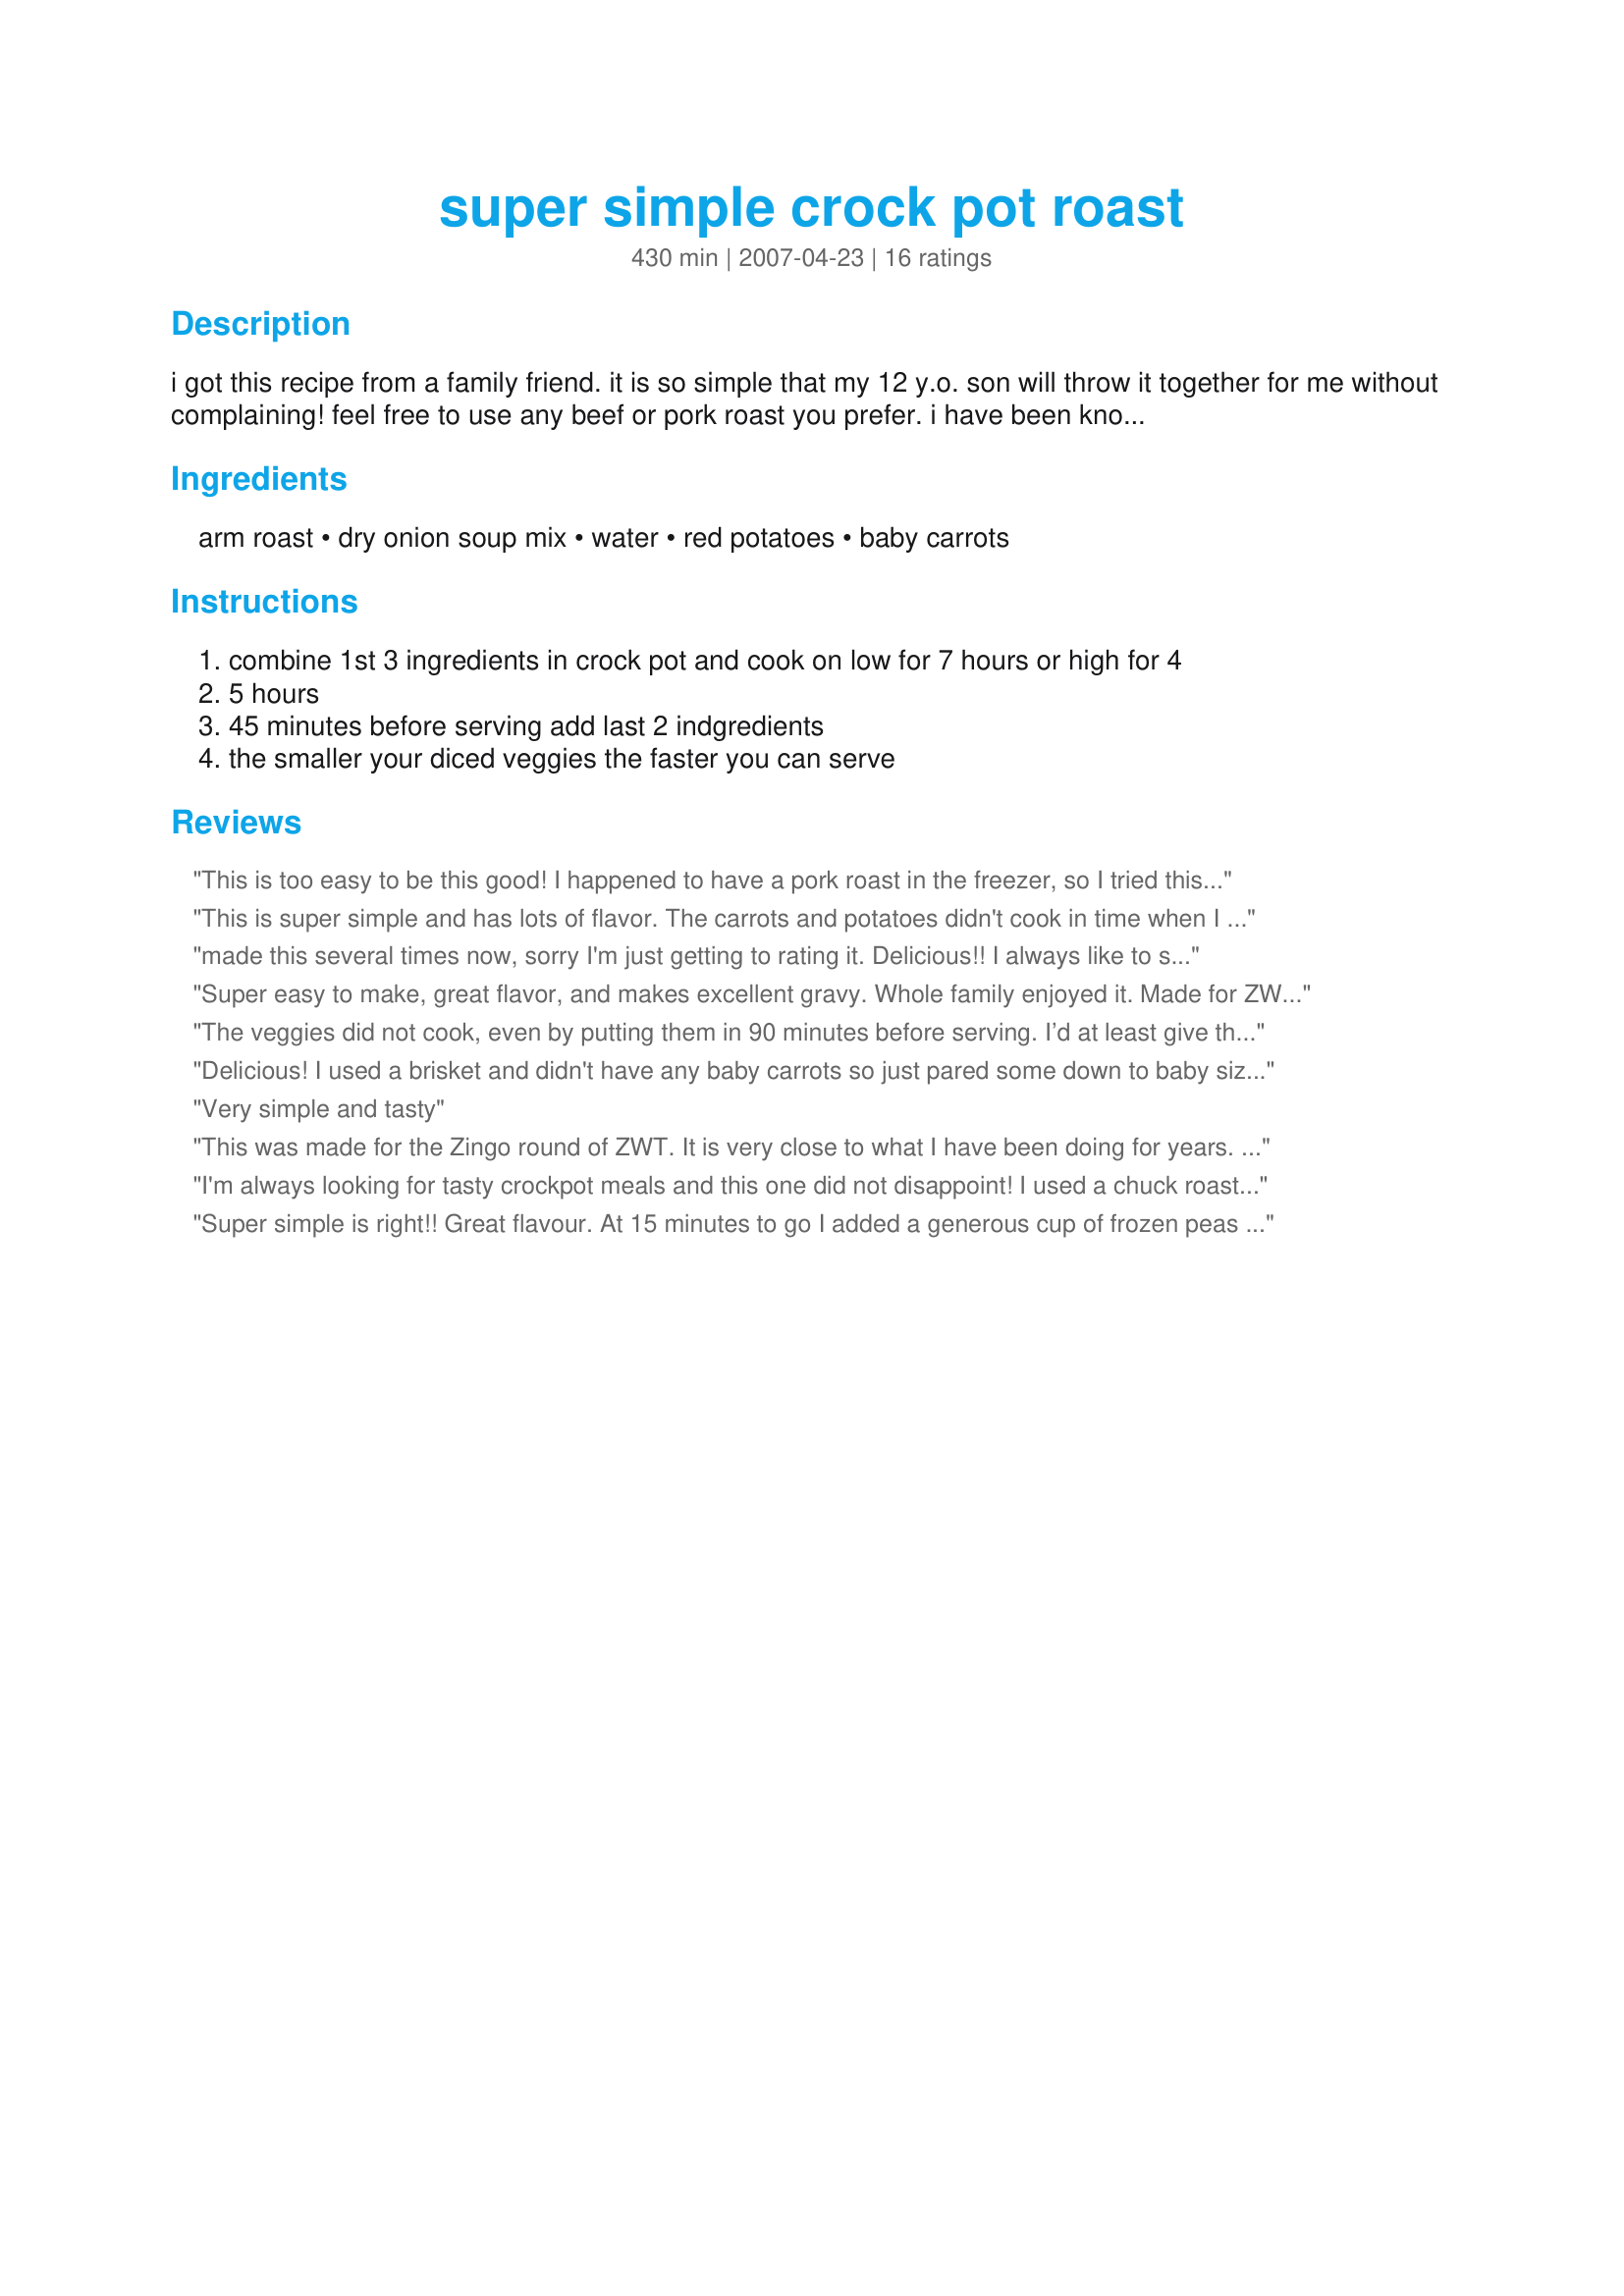
super simple crock pot roast
Preparation time: 430 minutes

i got this recipe from a family friend. it is so simple that my 12 y.o. son will throw it together for me without complaining! feel free to use any beef or pork roast you prefer. i have been known to use a chuck roast and a pork roast at the same time.

Ingredients:
arm roast, dry onion soup mix, water, red potatoes, baby carrots

Steps:
combine 1st 3 ingredients in crock pot and cook on low for 7 hours or high for 4, 5 hours, 45 minutes before serving add last 2 indgredients, the smaller your diced veggies the faster you can serve

Reviews:
This is too easy to be this good! I happened to have a pork roast in the freezer, so I tried this recipe on that, and I have to say, that was the tastiest pork roast I think I have ever made. I'll be using this recipe again.
This is super simple and has lots of flavor. The carrots and potatoes didn't cook in time when I put them in 45 mins before the end so I would add them a couple hours earlier.
made this several times now, sorry I'm just getting to rating it. Delicious!! I always like to sear the meat before putting it in the crock pot, to sort of seal in the juices, not that dryness has ever been a problem, just a habit. I also seasoned in with some garlic powder, creole seasoning & montreal steak seasoning before searing in on the stove for a few minuted each side to brown.
Super easy to make, great flavor, and makes excellent gravy. Whole family enjoyed it. Made for ZWTIII-Zingo
The veggies did not cook, even by putting them in 90 minutes before serving. I’d at least give them at least 3 hours if cooking on low. The roast itself was very good though.
Delicious! I used a brisket and didn't have any baby carrots so just pared some down to baby size for even cooking. The only real change I made was to use only 2 cups of water and 1 cup of red wine. Smelled heavenly!
Very simple and tasty
This was made for the Zingo round of ZWT. It is very close to what I have been doing for years. I used a chuck roast, my recipe #89857 and added some cabbage to the pot. The liquid was reduced to 1 1/2 cups. The broth was thickened with arrowroot starch and made a wonderful gravy to serve over the meat.
I'm always looking for tasty crockpot meals and this one did not disappoint! I used a chuck roast and added some celery but everything else was the same. This is a good one! Made for ZWT3 2007.
Super simple is right!! Great flavour. At 15 minutes to go I added a generous cup of frozen peas and 2 tablespoons cornstarch mixed with a little water to thicken the gravy. There was lots of liquid so perhaps I will try reducing the water a bit. Made for ZWT Zingo.
I made this using rump roast and homemade onion soup mix. I took the juice and made gravy which was great poured over the meat and veggies. Thank you!
I made this last night and it was absolutely amazing! The only difference I made was using two packets of the dry onion soup mix. But the meat was juicy and tender, and the veggies had just a hint of onion in them. I ate so much of it last night I don't have many left overs :-D
Tasty and reliable. Works well in a dutch oven on camp outs too!
This is very easy to make. I threw it together quickly before going out the door this morning. I did cut back on the water to two cups. We just thought it needed more seasonings as the veggies and meat didn't really have a lot of flavor but it was very tender. I cooked mine on high for five hours.
Simple, Tasty, and a no brainer. This recipe is a just right fit! Made with items you usually have on hand. Followed Stacie's suggestion and spiced it up before placing the the crock pot.
This roast is so simple and delicious - we found it to be fork tender after 5 hours on high - the potatoes and carrots cooked perfectly in 45 mins - just a lovely meal. Thanks Ash!
